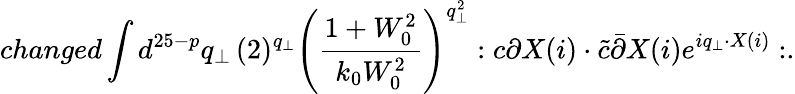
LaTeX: changed\int d^{25-p}q_{\bot}\, (2)^{q_{\bot}}\left(\frac{1+W_{0}^{2}}{k_{0}W_{0}^{2}}\right)^{q_{\bot}^{2}}:c\partial X(i)\cdot\tilde{c}\bar{\partial}X(i)e^{iq_{\bot}\cdot X(i)}:.